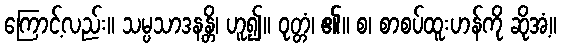
ကြောင့်လည်း။ သမ္ပသာဒနန္တိ၊ ဟူ၍။ ဝုတ္တံ၊ ၏။ စ၊ စာစပ်ထူးဟန်ကို ဆိုအံ့။